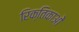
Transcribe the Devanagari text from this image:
रिक्तिकाओं